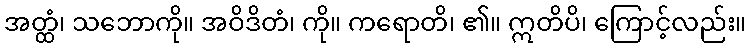
အတ္ထံ၊ သဘောကို။ အဝိဒိတံ၊ ကို။ ကရောတိ၊ ၏။ ဣတိပိ၊ ကြောင့်လည်း။